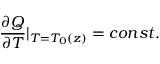
\frac { \partial Q } { \partial T } | _ { T = T _ { 0 } ( z ) } = c o n s t .